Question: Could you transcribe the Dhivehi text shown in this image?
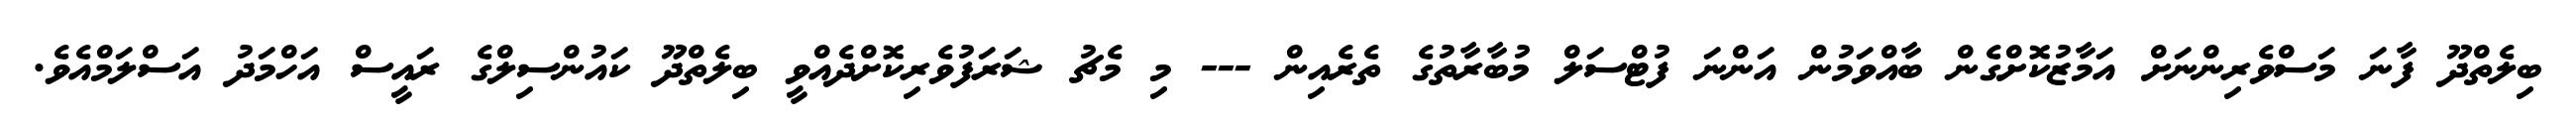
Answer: ބިލެތްދޫ ފާނަ މަސްވެރިންނަށް އަމާޒުކޮށްގެން ބާއްވަމުން އަންނަ ފުޓްސަލް މުބާރާތުގެ ތެރެއިން --- މި މެޗު ޝަރަފުވެރިކޮށްދެއްވީ ބިލެތްދޫ ކައުންސިލްގެ ރައީސް އަހްމަދު އަސްލަމްއެވެ.